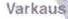
Varkaus